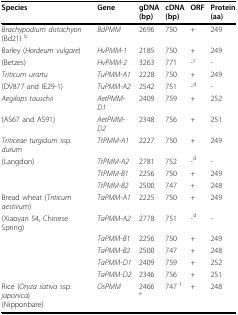
| Species | Gene | gDNA(bp) | cDNA(bp) | ORF | Protein(aa) |
 | --- | --- | --- | --- | --- | --- |
 | Brachypodium distachyon(Bd21) b | BdPMM | 2696 | 750 | + | 249 |
 | Barley (Hordeum vulgare) | HvPMM-1 | 2185 | 750 | + | 249 |
 | (Betzes) | HvPMM-2 | 3263 | 771 | -c | - |
 | Triticum urartu | TuPMM-A1 | 2228 | 750 | + | 249 |
 | (DV877 and IE29-1) | TuPMM-A2 | 2542 | 751 | -d | - |
 | Aegilops tauschii | AetPMM-D1 | 2409 | 759 | + | 252 |
 | (AS67 and AS91) | AetPMM-D2 | 2348 | 756 | + | 251 |
 | Triticeae turgidum ssp. durum | TtPMM-A1 | 2227 | 750 | + | 249 |
 | (Langdon) | TtPMM-A2 | 2781 | 752 | -d | - |
 |  | TtPMM-B1 | 2256 | 750 | + | 249 |
 |  | TtPMM-B2 | 2500 | 747 | + | 248 |
 | Bread wheat (Triticum aestivum) | TaPMM-A1 | 2225 | 750 | + | 249 |
 | (Xiaoyan 54, Chinese Spring) | TaPMM-A2 | 2778 | 751 | -d | - |
 |  | TaPMM-B1 | 2256 | 750 | + | 249 |
 |  | TaPMM-B2 | 2500 | 747 | + | 248 |
 |  | TaPMM-D1 | 2409 | 759 | + | 252 |
 |  | TaPMM-D2 | 2346 | 756 | + | 251 |
 | Rice (Oryza sativa ssp. japonica)(Nipponbare) | OsPMM | 2466 e | 747 f | + | 248 |